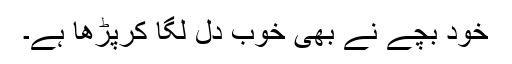
خود بچے نے بھی خوب دل لگا کرپڑھا ہے۔